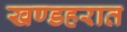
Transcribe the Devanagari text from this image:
खण्डहरात